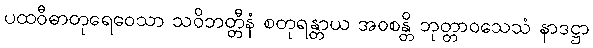
ပထဝီဓာတုရေဝေသာ သဝိဘတ္တီနံ စတုရန္တာယ အဝစန္တိ ဘုတ္တာဝသေသံ နာဒဋ္ဌာ